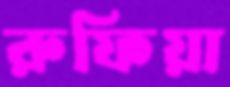
রুফিয়া